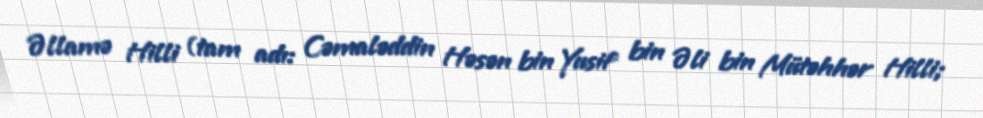
Əllamə Hilli (tam adı: Cəmaləddin Həsən bin Yusif bin Əli bin Mütəhhər Hilli;